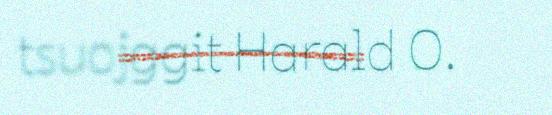
tsuojggit Harald O.